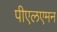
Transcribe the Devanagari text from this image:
पीएलएमन